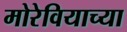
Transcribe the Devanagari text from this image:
मोरेवियाच्या